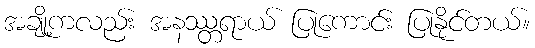
အချို့ကလည်း အနဿ္တရာယ် ပြုကောင်း ပြုနိုင်တယ်။